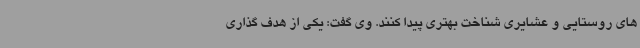
های روستایی و عشایری شناخت بهتری پیدا کنند. وی گفت: یکی از هدف گذاری